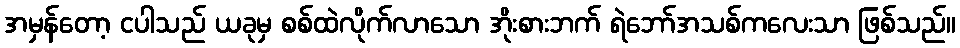
အမှန်တော့ ငပါသည် ယခုမှ စစ်ထဲလိုက်လာသော အိုးစားဘက် ရဲဘော်အသစ်ကလေးသာ ဖြစ်သည်။